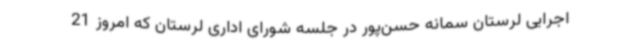
اجرایی لرستان سمانه حسن‌پور در جلسه شورای اداری لرستان که امروز 21